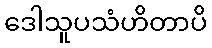
ဒေါသူပသံဟိတာပိ